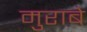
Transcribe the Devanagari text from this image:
मुराबे